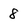
Character: 8